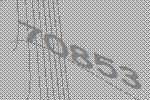
70853